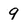
Character: 9